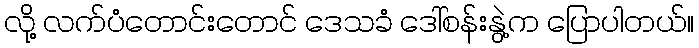
လို့ လက်ပံတောင်းတောင် ဒေသခံ ဒေါ်စန်းနွဲ့က ပြောပါတယ်။